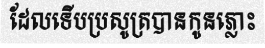
ដែលទើបប្រសូត្របានកូនភ្លោះ